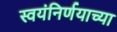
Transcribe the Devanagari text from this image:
स्वयंनिर्णयाच्या